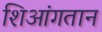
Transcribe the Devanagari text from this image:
शिआंगतान